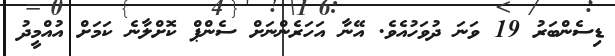
ޑިސެންބަރު 19 ވަނަ ދުވަހުއެވެ. އޭނާ އަހަރެންނަށް ސެންޕް ކޮށްލާނެ ކަމަށް އުއްމީދު